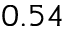
0 . 5 4